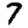
Digit: 7